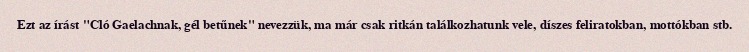
Ezt az írást "Cló Gaelachnak, gél betűnek" nevezzük, ma már csak ritkán találkozhatunk vele, díszes feliratokban, mottókban stb.